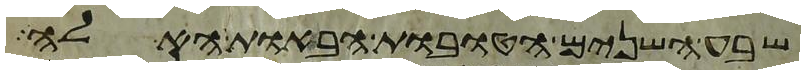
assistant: שבע השנים הטובות הבאות האלה